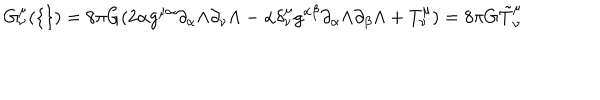
G _ { \nu } ^ { \mu } ( \{ \} ) = 8 \pi G ( 2 \alpha g ^ { \mu \alpha } \partial _ { \alpha } \Lambda \partial _ { \nu } \Lambda - \alpha \delta _ { \nu } ^ { \mu } g ^ { \alpha \beta } \partial _ { \alpha } \Lambda \partial _ { \beta } \Lambda + T _ { \nu } ^ { \mu } ) = 8 \pi G \tilde { T } _ { \nu } ^ { \mu }